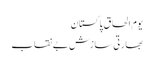
یوم الحاق پاکستان
بھارتی سازش بے نقاب